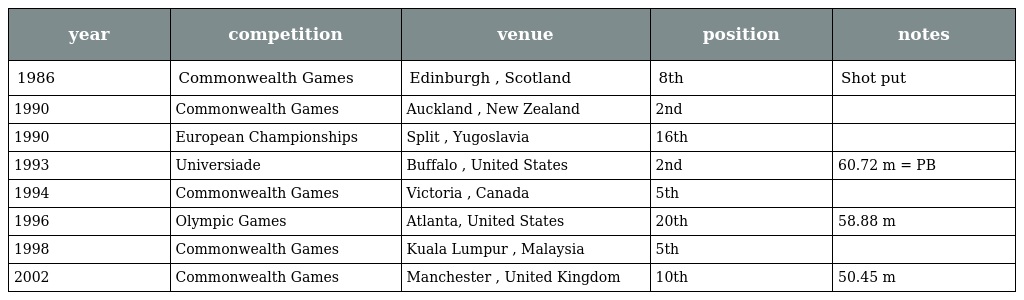
| year | competition | venue | position | notes |
 | --- | --- | --- | --- | --- |
 | 1986 | Commonwealth Games | Edinburgh , Scotland | 8th | Shot put |
 | 1990 | Commonwealth Games | Auckland , New Zealand | 2nd |  |
 | 1990 | European Championships | Split , Yugoslavia | 16th |  |
 | 1993 | Universiade | Buffalo , United States | 2nd | 60.72 m = PB |
 | 1994 | Commonwealth Games | Victoria , Canada | 5th |  |
 | 1996 | Olympic Games | Atlanta, United States | 20th | 58.88 m |
 | 1998 | Commonwealth Games | Kuala Lumpur , Malaysia | 5th |  |
 | 2002 | Commonwealth Games | Manchester , United Kingdom | 10th | 50.45 m |